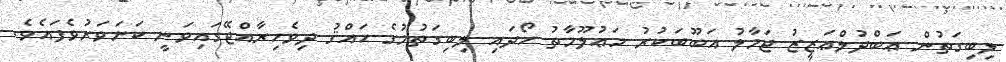
ލިބިގަތުން ޢަބްދުލްޢަޒީޒު ޖަމާލު އަބޫބަކުރު މަޢުލޫމާތު ހޯދައި ލިބިގަތުމުގެ ޙައްޤު ދިވެހިރާއްޖޭގައިވަނީ ކަށަވަރުވެފައެވެ.